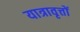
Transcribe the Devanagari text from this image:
यात्रावृत्तों